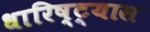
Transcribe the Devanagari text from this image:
धारिष्ट्यास